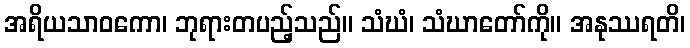
အရိယသာဝကော၊ ဘုရားတပည့်သည်။ သံဃံ၊ သံဃာတော်ကို။ အနုဿရတိ၊